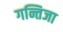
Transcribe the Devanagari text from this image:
गन्तिजा